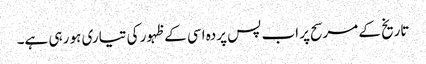
تاریخ کے مرسح پر اب پس پردہ اسی کے ظہور کی تیاری ہو رہی ہے۔